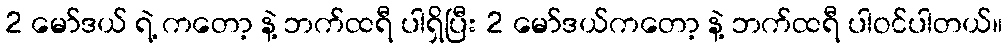
2 မော်ဒယ် ရဲ့ ကတော့ နဲ့ ဘက်ထရီ ပါရှိပြီး 2 မော်ဒယ်ကတော့ နဲ့ ဘက်ထရီ ပါဝင်ပါတယ်။